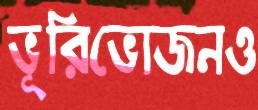
ভূরিভোজনও